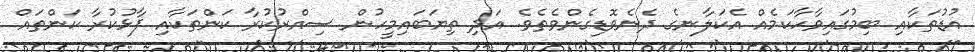
އުޑުތަކާއި ބިމުގައިވާހާކަމެއް އެކަލާނގެ ދެނެވޮޑިގެންވެތެވެ. އަދި ތިޔަބައިމީހުން ސިއްރުކުރާ ކަންތަކާއި ފާޅުކުރާ ކަންތައް